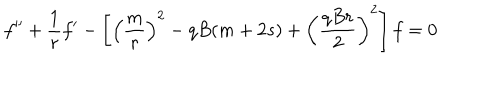
f ^ { \prime \prime } + \frac { 1 } { r } f ^ { \prime } - \left[ \left( \frac { m } { r } \right) ^ { 2 } - q B ( m + 2 s ) + \left( \frac { q B r } { 2 } \right) ^ { 2 } \right] f = 0